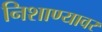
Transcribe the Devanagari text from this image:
निशाण्यावर